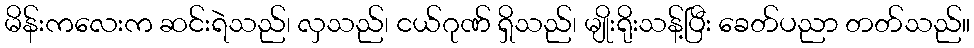
မိန်းကလေးက ဆင်းရဲသည်၊ လှသည်၊ ငယ်ဂုဏ် ရှိသည်၊ မျိုးရိုးသန့်ပြီး ခေတ်ပညာ တတ်သည်။